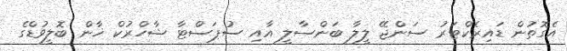
އެގޮތުން ޑައިރެކްޓަރު ސަންޖޭ ލީލާ ބަންސާލީ އާއި ސުޕަސްޓާ ޝާހްރުކް ޚާން ބޮލީވުޑްގެ